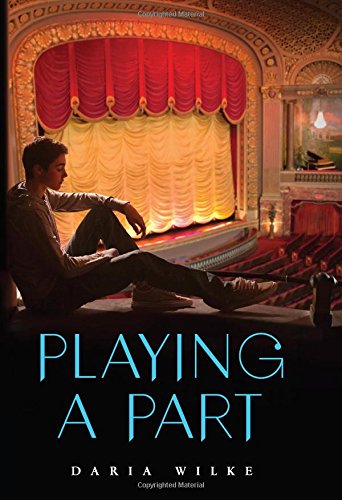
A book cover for Playing a Part; Daria Wilke; Teen & Young Adult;